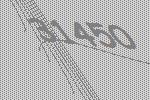
31450